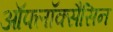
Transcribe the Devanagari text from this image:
ऑफ्लॉक्सैसिन